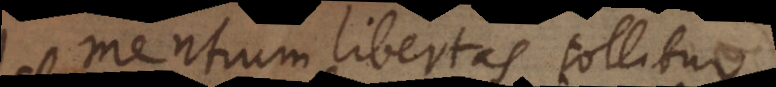
mentium libertas tollitur.